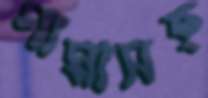
গামাসহ